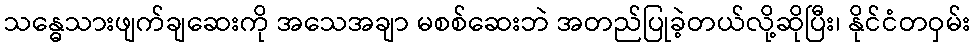
သန္ဓေသားဖျက်ချဆေးကို အသေအချာ မစစ်ဆေးဘဲ အတည်ပြုခဲ့တယ်လို့ဆိုပြီး၊ နိုင်ငံတဝှမ်း